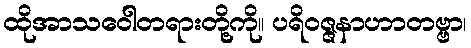
ထိုအာသဝေါတရားတို့ကို။ ပရိဝဇ္ဇနာဟာတဗ္ဗာ၊